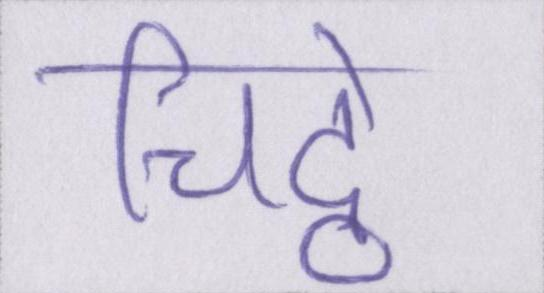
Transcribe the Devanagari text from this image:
चिट्ठे